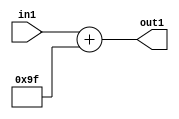
`timescale 1ps / 1ps
/*****************************************************************************
    Verilog RTL Description
    
    
    Created by: Stratus DpOpt 2019.1.01 
*******************************************************************************/

module DC_Filter_Add_12U_274_4 (
	in1,
	out1
	); /* architecture "behavioural" */ 
input [11:0] in1;
output [11:0] out1;
wire [11:0] asc001;

assign asc001 = 
	+(in1)
	+(12'B000010011111);

assign out1 = asc001;
endmodule

/* CADENCE  urn0Sww= : u9/ySgnWtBlWxVPRXgAZ4Og= ** DO NOT EDIT THIS LINE ******/